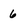
Character: 6